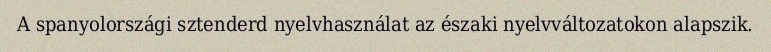
A spanyolországi sztenderd nyelvhasználat az északi nyelvváltozatokon alapszik.